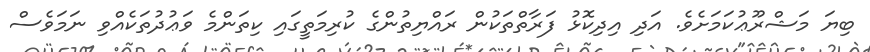
ބިޔަ މަޝްރޫޢުކަމަށެވެ. އަދި އިދިކޮޅު ފަރާތްތަކުން ރައްޔިތުންގެ ކުރިމަތީގައި ކިތަންމެ ވަޢުދުތަކެއްވި ނަމަވެސް